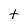
Character: t